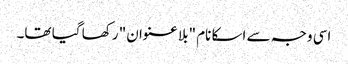
اسی وجہ سے اسکا نام "بلا عنوان" رکھا گیا تھا۔